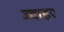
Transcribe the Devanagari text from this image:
ज्वाहर